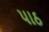
પાઠ